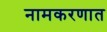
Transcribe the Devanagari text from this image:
नामकरणात